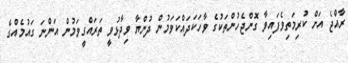
ރާއްޖެ އަށް ކުރިމަތިވެފައިވާ ގޮންޖެހުންތަކުގެ ވާހަކަދައްކަވަމުން ދުންޔާ ވިދާޅުވީ ތަރައްގީވަމުން އަންނަ ގައުމެއްގެ